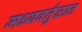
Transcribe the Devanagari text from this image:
मध्यवर्तुळात